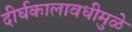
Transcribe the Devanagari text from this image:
दीर्घकालावधीमुळे